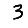
Digit: 3